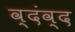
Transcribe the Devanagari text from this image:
व्दंव्द